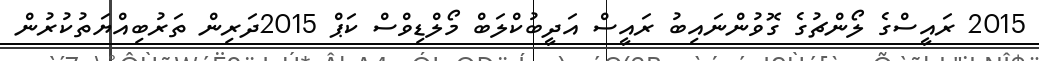
2015 ރައީސްގެ ލޯންޗުގެ ގޮވުންނައިބު ރައީސް އަދީބުކްލަބް މޯލްޑިވްސް ކަޕް 2015ދަރިން ތަރުބިއްޔަތުކުރުން